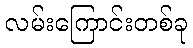
လမ်းကြောင်းတစ်ခု